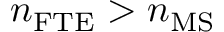
n _ { \mathrm { F T E } } > n _ { \mathrm { M S } }